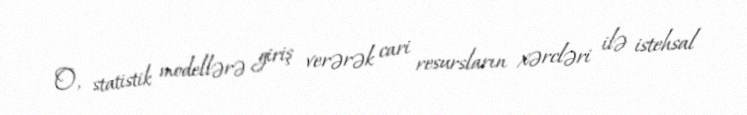
O, statistik modellərə giriş verərək cari resursların xərcləri ilə istehsal